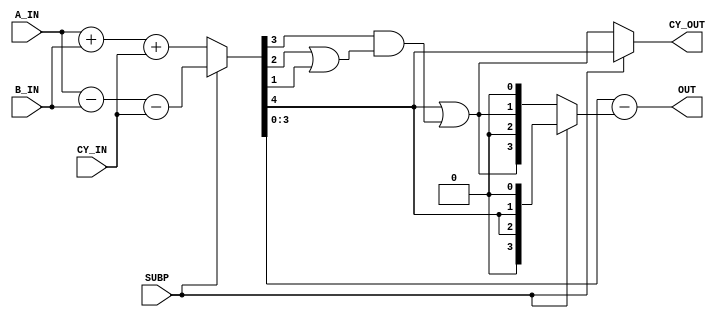
module BCDADDER ( A_IN, B_IN, CY_IN, SUBP, OUT, CY_OUT );
	input	 [3:0]	A_IN,B_IN;
	input			CY_IN;
	input			SUBP;
	output	 [3:0]	OUT;
	output			CY_OUT;
	wire	 [4:0]	result;
	wire			over;
	assign result = SUBP ? ({1'b0,A_IN} - {1'b0,B_IN} - {4'b0,CY_IN})
						 : ({1'b0,A_IN} + {1'b0,B_IN} + {4'b0,CY_IN});
	assign over = result[4] | (result[3] & (result[2] | result[1]));
	assign OUT = result[3:0] - (SUBP ? {1'b0,result[4],result[4],1'b0} : {over,1'b0,over,1'b0});
	assign CY_OUT = SUBP ? result[4] : over;
endmodule